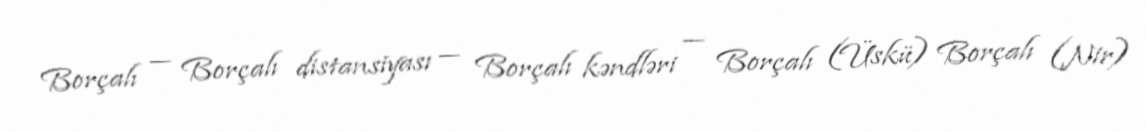
Borçalı — Borçalı distansiyası — Borçalı kəndləri — Borçalı (Üskü) Borçalı (Nir)